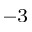
^ { - 3 }